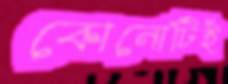
কোনোটিই